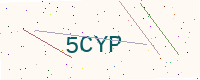
Text: 5CYP